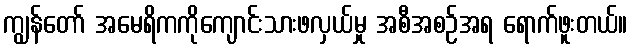
ကျွန်တော် အမေရိကကိုကျောင်းသားဖလှယ်မှု အစီအစဉ်အရ ရောက်ဖူးတယ်။